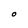
Character: O